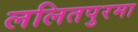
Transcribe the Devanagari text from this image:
ललितपुरमा